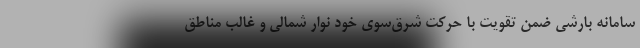
سامانه بارشی ضمن تقویت با حرکت شرق‌سوی خود نوار شمالی و غالب مناطق